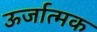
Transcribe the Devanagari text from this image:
ऊर्जात्मक